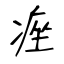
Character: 痤